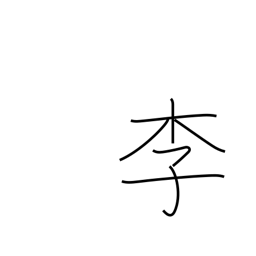
Meaning: plum